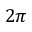
2 \pi